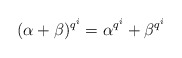
\begin{align*}(\alpha+\beta)^{q^i}=\alpha^{q^i}+\beta^{q^i}\end{align*}